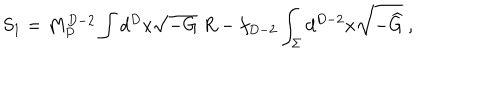
LaTeX: S _ { 1 } = M _ { P } ^ { D - 2 } \int d ^ { D } x \sqrt { - G } ~ R - f _ { D - 2 } \int _ { \Sigma } d ^ { D - 2 } x \sqrt { - { \widehat G } } ~ ,